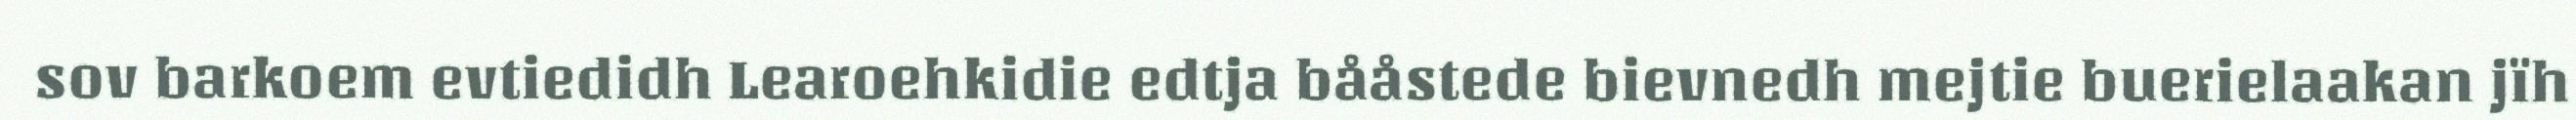
sov barkoem evtiedidh Learoehkidie edtja bååstede bievnedh mejtie buerielaakan jïh